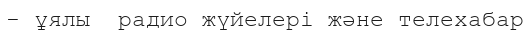
- ұялы  радио жүйелері және телехабар